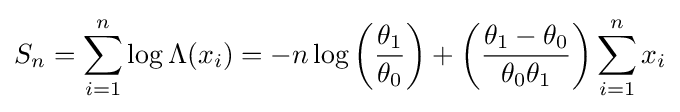
S_{n}=\sum _{i=1}^{n}\log \Lambda (x_{i})=-n\log \left({\frac {\theta _{1}}{\theta _{0}}}\right)+\left({\frac {\theta _{1}-\theta _{0}}{\theta _{0}\theta _{1}}}\right)\sum _{i=1}^{n}x_{i}